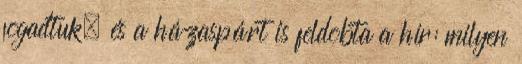
fogadtuk, és a házaspárt is feldobta a hír: milyen